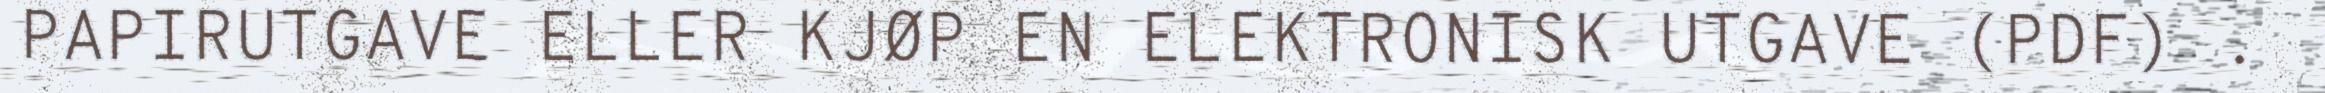
PAPIRUTGAVE ELLER KJØP EN ELEKTRONISK UTGAVE (PDF) .